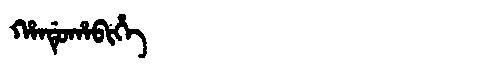
Manchu: ᡥᠠᠨᡩᡠᡥᠠᠪᡳᡥᡝ
Romanization: HANDUHABIHE